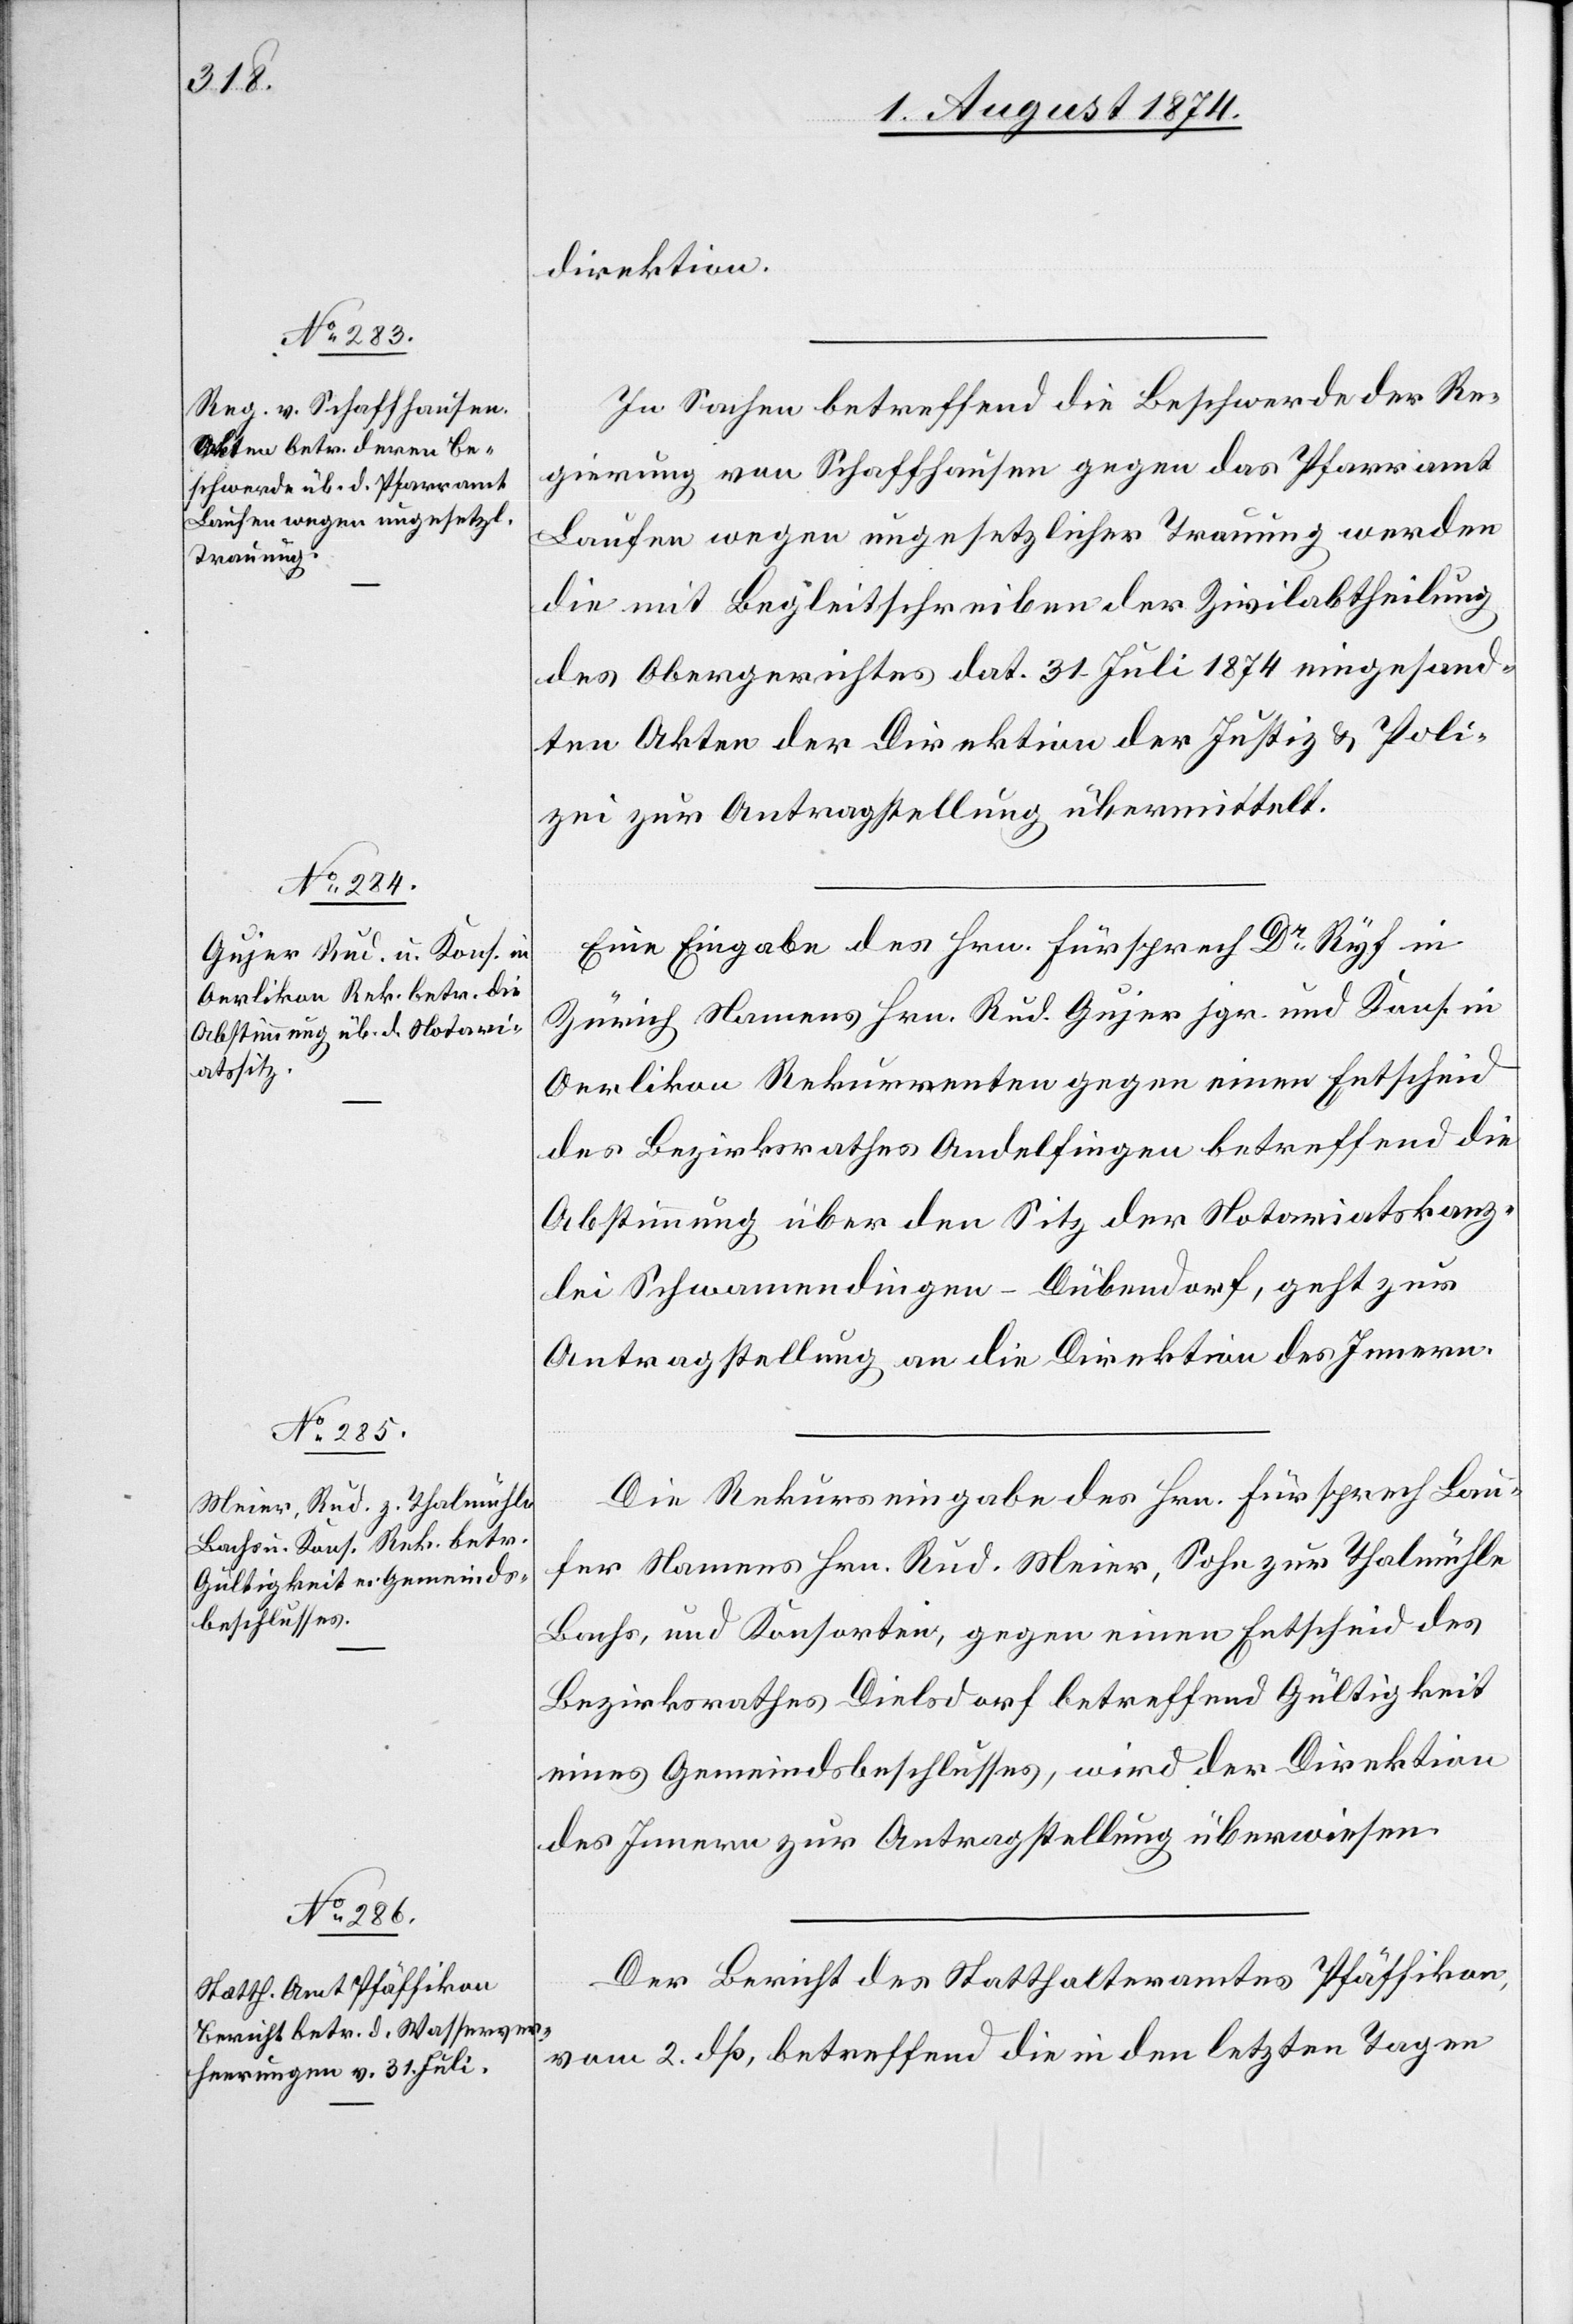
4. August 1874.]
direktion.
In Sachen betreffend die Beschwerde der Re¬
gierung von Schaffhausen gegen das Pfarramt
Laufen wegen ungesetzlicher Trauung werden
die mit Begleitschreiben der Zivilabtheilung
des Obergerichtes dat. 31. Juli 1874 eingesand¬
ten Akten der Direktion der Justiz u. Poli¬
zei zur Antragstellung übermittelt.
Eine Eingabe des Hrn.Fürsprech Dr Ryf in
Zürich Namens Hrn. Rud. Gujer jgr. und Kons. in
Oerlikon Rekurrenten gegen einen Entscheid
des Bezirksrathes Andelfingen betreffend die
Abstimmung über den Sitz der Notariatskanz¬
lei Schwamendingen-Dübendorf, geht zur
Antragstellung an die Direktion des Innern.
Die Rekurseingabe des Hrn. Fürsprech Lau¬
ser Namens Hrn. Rud. Meier, Sohn zur Thalmühle
Bachs, und Konsorten, gegen einen Entscheid des
Bezirksrathes Dielsdorf betreffend Gültigkeit
eines Gemeindsbeschlusses, wird der Direktion
des Innern zur Antragstellung überwiesen.
Der Bericht des Statthalteramtes Pfäffikon,
vom 2. dß, betreffend die in den letzten Tagen